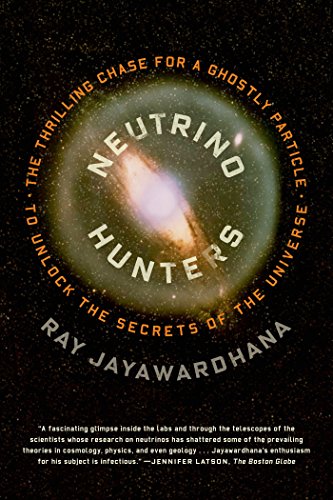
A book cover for Neutrino Hunters: The Thrilling Chase for a Ghostly Particle to Unlock the Secrets of the Universe; Ray Jayawardhana; Science & Math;